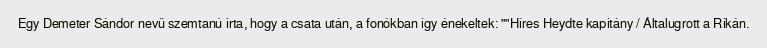
Egy Demeter Sándor nevű szemtanú írta, hogy a csata után, a fonókban így énekeltek: ""Híres Heydte kapitány / Általugrott a Rikán.